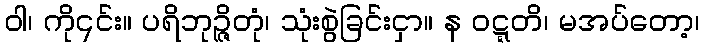
ဝါ၊ ကို၎င်း။ ပရိဘုဉ္ဇိတုံ၊ သုံးစွဲခြင်းငှာ။ န ဝဋ္ဋတိ၊ မအပ်တော့၊